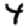
Digit: 4